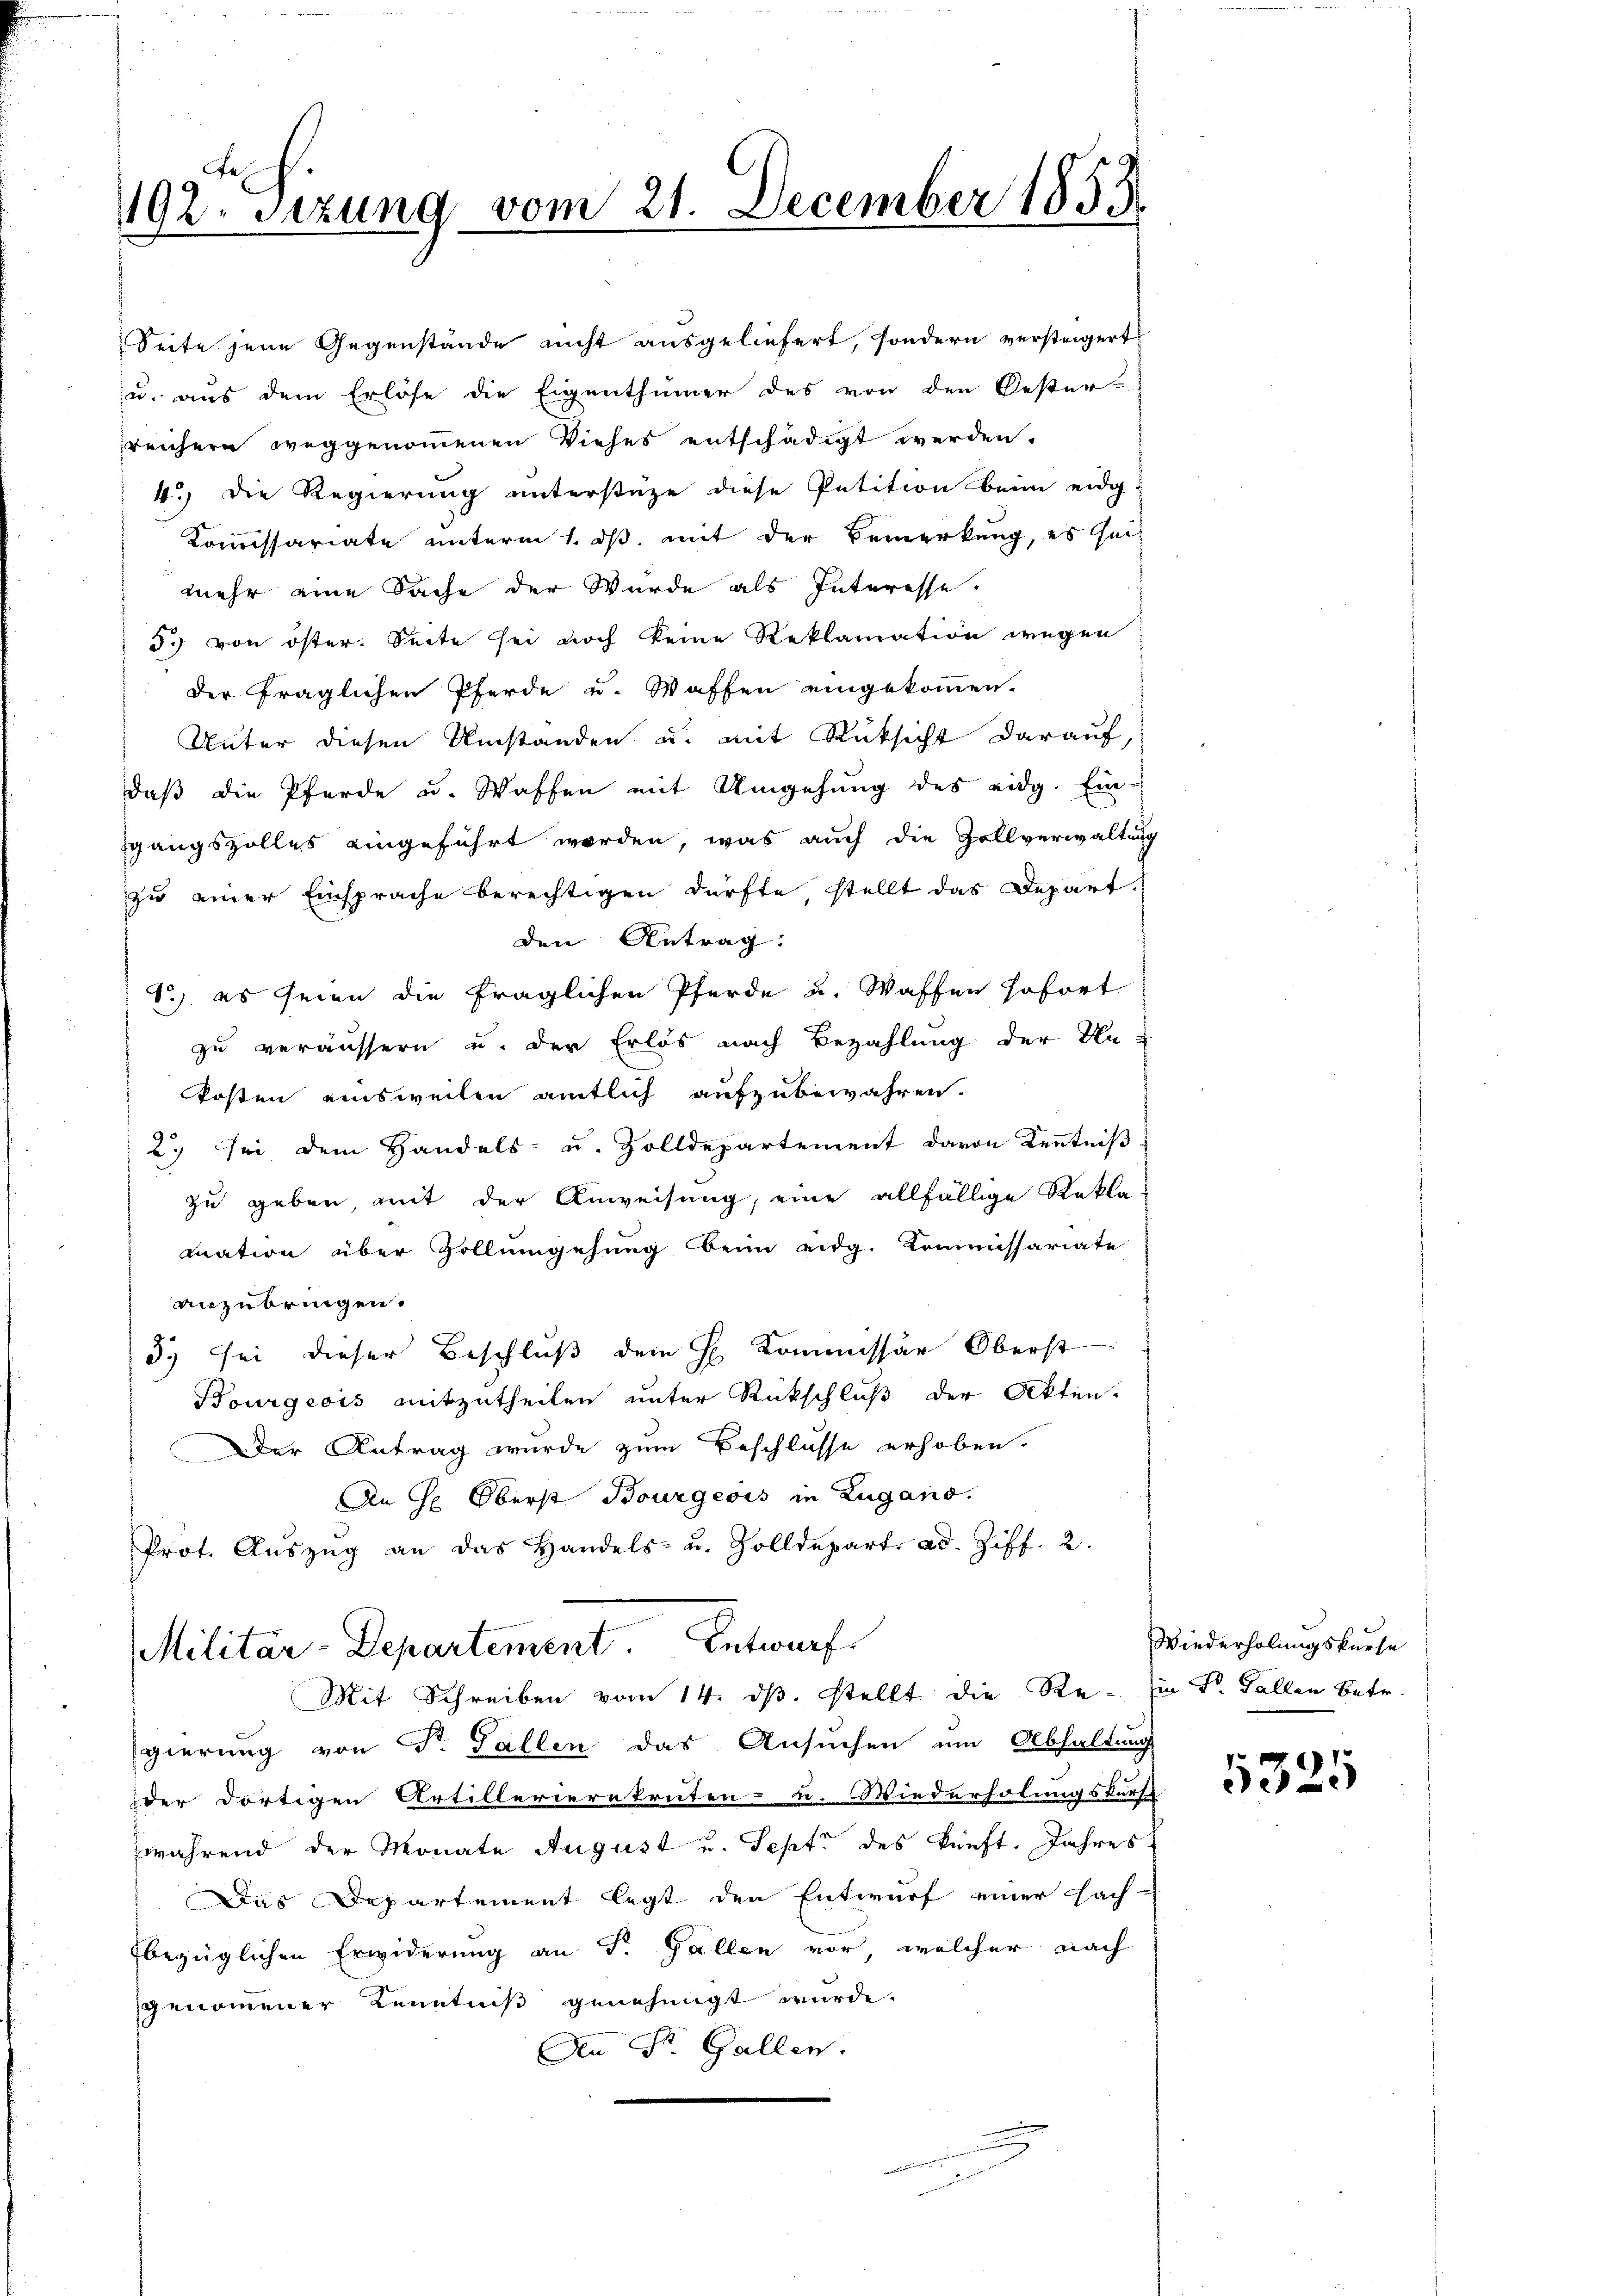
192. Sitzung vom 21. December 1853

Seite jene Gegenstände nicht ausgeliefert, sondern versteigert
 u. aus dem Erlöse die Eigenthümer des von den Oester-
reichern weggenommenen Viehes entschädigt werden.
4.) Die Regierung unterstüze diese Petition beim eidg.
Kommissariate unterm 1. ds. mit der Bemerkung, es sei
mehr eine Sache der Wurde als Interesse.
5.) von öster. Seite sei noch keine Reklamation wegen
der fraglichen Pferde u. Waffen eingekommen.
Unter diesen Umstanden u. mit Rücksicht darauf,
daß die Pferde u. Waffen mit Umgehung des eidg. Ein-
gangszolles eingeführt worden, was auch die Zollverwaltung
zu einer Einsprache berechtigen dürfte stellt das Depart.
den Antrag:
1) es seien die fraglichen Pferde u. Waffen sofort
zu veräussern u. der Erlös nach Bezahlung der Un¬
Posten einsweilen amtlich aufzubewahren.
2) sei dem Handels- u. Zolldepartement davon Kenntniß
zu geben, mit der Anweisung, eine allfällige Rekla-
mation über Zollumgehung beim eidg. Kommissariate
anzubringen.
3.) Sei dieser Beschluß dem H. Kommissär Oberst
Bourgeois mitzutheilen unter Rückschluß der Akten-
Der Antrag wurde zum Beschlusse erhoben.
An H. Oberst Bourgeois in Zugano.
Prot. Aŭszŭg an das Handels- u. Zolldepart. ad. Ziff. 2.

Militär-Departement. Entwurf
Mit Schreiben vom 14. dβ. stellt die Re- Ein Dr. Gallen Betr.

gierung von Dr. Gallen das Ansuchen um Abhaltung
der dortigen Artillerierekruten- u. Wiederholungskurse
während der Monate August u. Sept. des künft. Jahres
Das Departement legt den Entwurf einer Fach-
bezüglichen Erwiderung an T. Gallen vor, welcher nach
genommener Kenntniß genehmigt würde.
An St. Gallen.
een der in der

Wiederholungskurse

5325